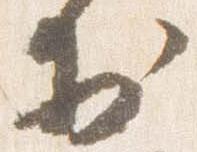
於